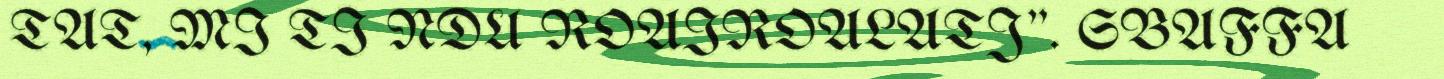
TAT, MI TI NDU ROAIROALATJ". SBAFFA